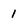
Character: 1